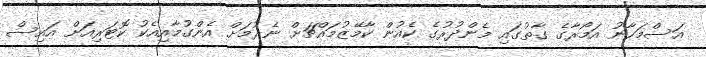
އަސްމަހާނު އަމޯރާގެ ގާތުގައި މެންދުރުގެ ކެއުން ކާމޭޒުމައްޗަށް ނެރުމަށް އެންގުމާއިއެކު ކޮޓަރިއަށް އައިސް